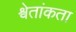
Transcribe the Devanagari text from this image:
श्वेतांकता